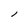
Character: l